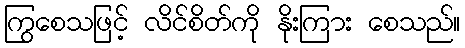
ကြွစေသဖြင့် လိင်စိတ်ကို နိုးကြား စေသည်။